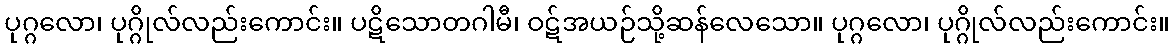
ပုဂ္ဂလော၊ ပုဂ္ဂိုလ်လည်းကောင်း။ ပဋိသောတဂါမီ၊ ဝဋ်အယဉ်သို့ဆန်လေသော။ ပုဂ္ဂလော၊ ပုဂ္ဂိုလ်လည်းကောင်း။